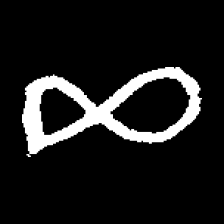
Pyu character \u2014 Myanmar letter: ဆ (romanized: cha)